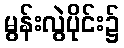
မွန်းလွဲပိုင်း၌